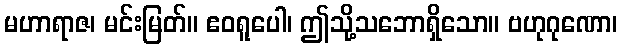
မဟာရာဇ၊ မင်းမြတ်။ ဧဝရူပေါ၊ ဤသို့သဘောရှိသော။ ဗဟုဂုဏော၊